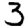
Digit: 3